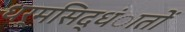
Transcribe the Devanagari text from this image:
धर्मसिद्धंातों